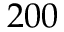
2 0 0